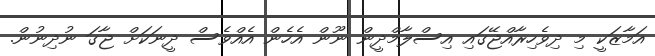
އަމާޒަކީ މި ދިވެހިރާއްޖޭގައި އިސްލާމްދީން ނޫން އެހެން އެއްވެސް ދީނަކަށް ޖާގަ ނުދިނުން.